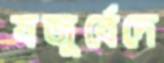
যজুর্বেদে